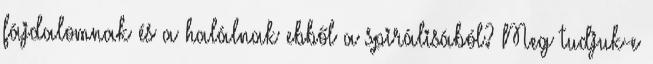
fájdalomnak és a halálnak ebből a spirálisából? Meg tudjuk-e